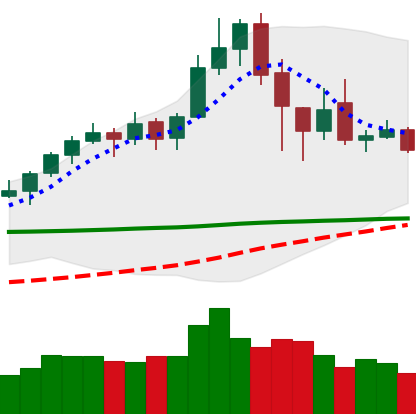
Ticker: XLM-USD
Chart end date: 2020-02-22
Forward return: -13.516%
Label: down_7plus